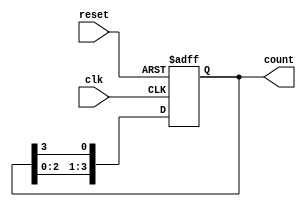
module ring_counter (
    input wire clk,        // Clock signal
    input wire reset,      // Asynchronous reset signal
    output reg [3:0] count // 4-bit output for the ring counter
);

// Initial state
initial begin
    count = 4'b1000; // Initialize the counter to 1000
end

// Synchronous process
always @(posedge clk or posedge reset) begin
    if (reset) begin
        count <= 4'b1000; // Reset to initial state
    end else begin
        // Shift the '1' through the ring
        count <= {count[2:0], count[3]}; // Shift left and wrap around
    end
end

endmodule